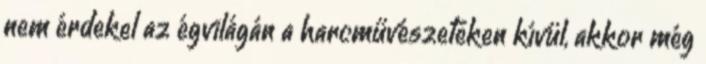
nem érdekel az égvilágán a harcművészeteken kívül, akkor még